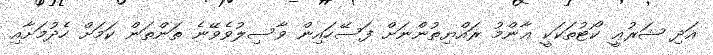
އަދި ޝަރުޢީ ކޯޓުތަކަކީ ޢާންމު ރައްޔިތުންނަށް ފަސޭހައިން ވާސިލުވެވޭނެ ތަންތަން ކަމަށް ހެދުމަށާއި